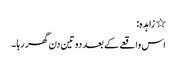
٭ زاہدہ:
اس واقعے کے بعد دو تین دن گھر رہا ۔